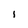
Character: i